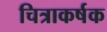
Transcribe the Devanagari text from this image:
चित्राकर्षक